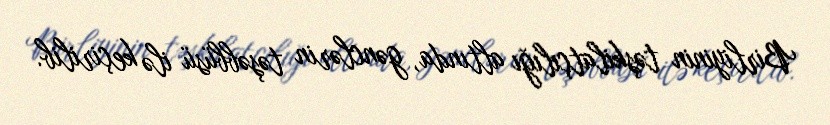
Birliyinin təşkilatçılığı altında, gənclərin təşəbbüsü ilə keçirilib.